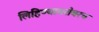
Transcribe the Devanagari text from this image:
लिहिण्याबरोबरच